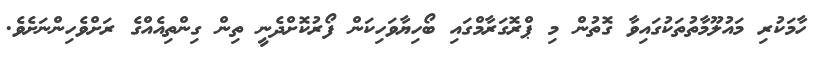
ހާމަކުރި މައުލޫމާތުތަކުގައިވާ ގޮތުން މި ޕްރޮގަރާމްގައި ބޯހިޔާވަހިކަން ފޯރުކޮށްދެނީ ތިން ގިންތިއެއްގެ ރަށްވެހިންނަށެވެ.